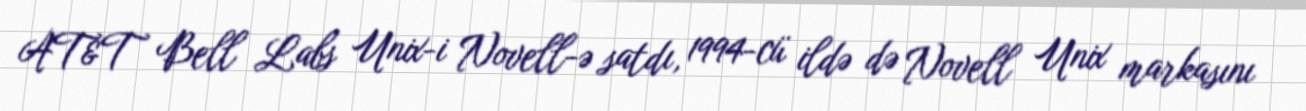
AT&T Bell Labs Unix-i Novell-ə satdı, 1994-cü ildə də Novell Unix markasını